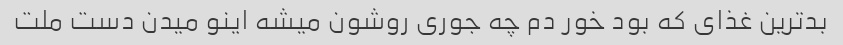
بدترین غذای که بود خور دم چه جوری روشون میشه اینو میدن دست ملت